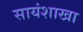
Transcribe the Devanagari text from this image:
सायंशाखा